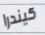
كيندرا